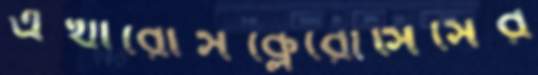
এথারোসক্লেরোসিসের